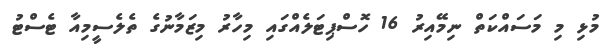
މުޅި މި މަސައްކަތް ނިމޭއިރު 16 ހޮސްޕިޓަލެއްގައި މިހާރު މިޒަމާނުގެ ތެލެސީމިއާ ޓެސްޓު